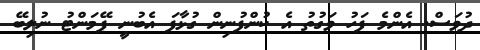
ދުވަސް. އެންމެ ފަހު ވަގުތު އެ ކުންފުނިން ގުޅާފަ އެބުނީ ޕޭމަންޓު ނުލިބޭ